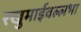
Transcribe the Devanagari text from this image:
रखुमाईवल्लभा